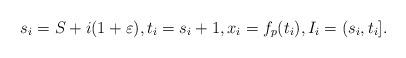
LaTeX: \begin{align*}s_i = S + i(1+\varepsilon), t_i = s_i + 1,x_i = f_p(t_i), I_i= (s_i, t_i].\end{align*}